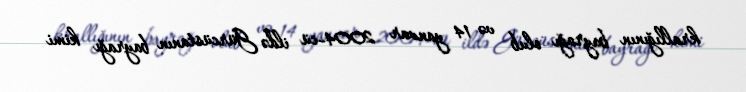
krallığının bayrağı olub və 14 yanvar 2004-cü ildə Gürcüstanın bayrağı kimi